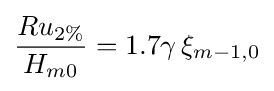
{\frac {Ru_{2\%}}{H_{m0}}}=1.7\gamma \,\xi _{m-1,0}